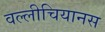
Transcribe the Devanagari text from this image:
वल्लीचियानस